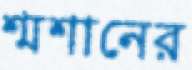
শ্মশানের